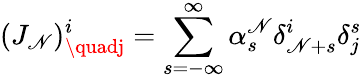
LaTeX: (J_{\mathscr{N}})_{\quadj}^{i}=\sum_{s=-\infty}^{\infty}\alpha_{s}^{\mathscr{N}}\delta_{\mathscr{N}+s}^{i}\delta_{j}^{s}